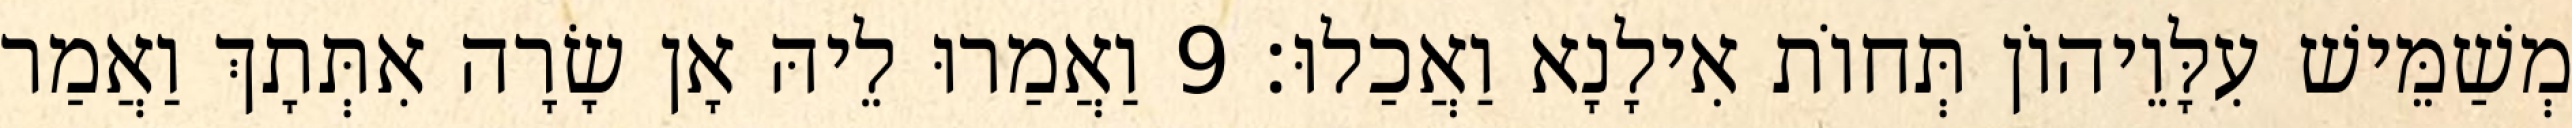
מְשַׁמֵּישׁ עִלָּוֵיהוֹן תְּחוֹת אִילָנָא וַאֲכַלוּ׃ 9 וַאֲמַרוּ לֵיהּ אָן שָׂרָה אִתְּתָךְ וַאֲמַר